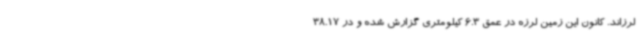
لرزاند. کانون این زمین لرزه در عمق 6.3 کیلومتری گزارش شده و در 38.17